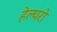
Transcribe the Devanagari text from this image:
हेल्थरो